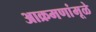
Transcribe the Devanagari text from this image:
आक्रमणांमूळे